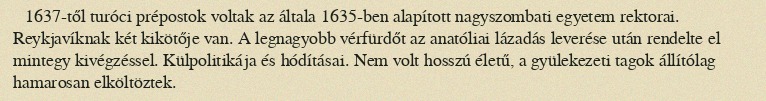
1637-től turóci prépostok voltak az általa 1635-ben alapított nagyszombati egyetem rektorai. Reykjavíknak két kikötője van. A legnagyobb vérfürdőt az anatóliai lázadás leverése után rendelte el mintegy kivégzéssel. Külpolitikája és hódításai. Nem volt hosszú életű, a gyülekezeti tagok állítólag hamarosan elköltöztek.